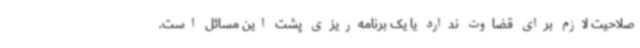
صلاحیت لازم برای قضاوت ندارد یا یک برنامه‌ریزی پشت این مسائل است.